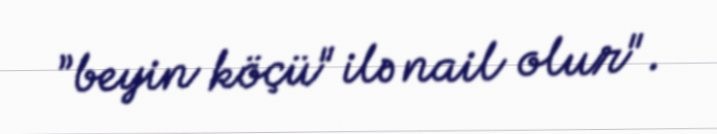
”beyin köçü" ilə nail olur".